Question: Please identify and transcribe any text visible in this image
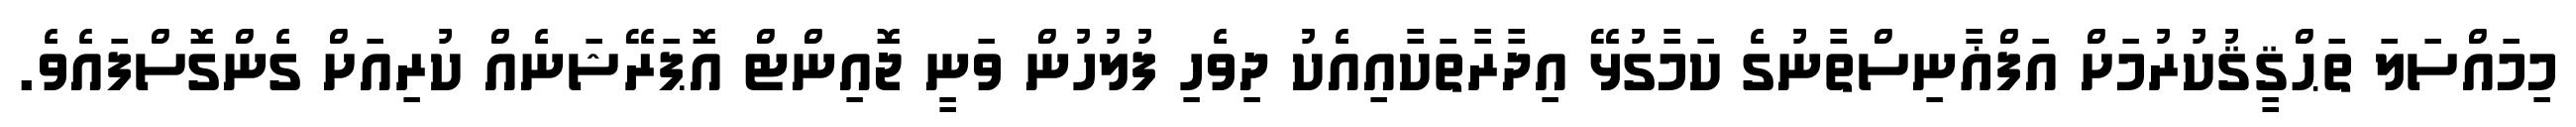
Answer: މިމައްސަލަ ތަޙްޤީޤުކުރުމަށް އަފްޣާނިސްތާނުގެ ކަމާގުޅޭ އިދާރާތަކާއިއެކު ދިވެހި ފުލުހުން ވަނީ ޖޮއިންޓް އޮޕަރޭޝަނެއް ކުރިއަށް ގެންގޮސްފައެވެ.